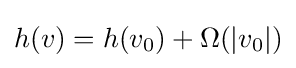
h(v)=h(v_{0})+\Omega (|v_{0}|)